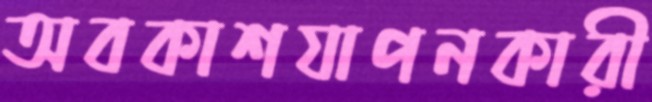
অবকাশযাপনকারী